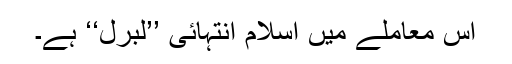
اس معاملے میں اسلام انتہائی ’’لبرل‘‘ ہے۔